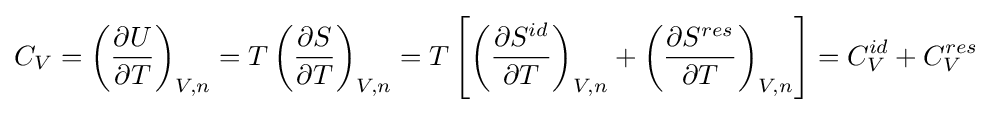
C_{V}=\left({\frac {\partial U}{\partial T}}\right)_{V,n}=T\left({\frac {\partial S}{\partial T}}\right)_{V,n}=T\left[\left({\frac {\partial S^{id}}{\partial T}}\right)_{V,n}+\left({\frac {\partial S^{res}}{\partial T}}\right)_{V,n}\right]=C_{V}^{id}+C_{V}^{res}